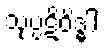
သုပ္ပဋိဝိဒ္ဓါ